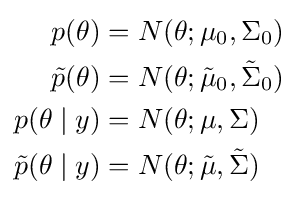
{\begin{aligned}p(\theta )&=N(\theta ;\mu _{0},\Sigma _{0})\\{\tilde {p}}(\theta )&=N(\theta ;{\tilde {\mu }}_{0},{\tilde {\Sigma }}_{0})\\p(\theta \mid y)&=N(\theta ;\mu ,\Sigma )\\{\tilde {p}}(\theta \mid y)&=N(\theta ;{\tilde {\mu }},{\tilde {\Sigma }})\\\end{aligned}}